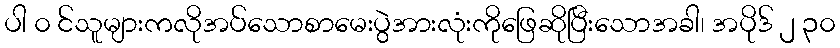
ပါ ၀ င်သူများကလိုအပ်သောစာမေးပွဲအားလုံးကိုဖြေဆိုပြီးသောအခါ၊ အပိုဒ် ၂ ၃၀